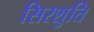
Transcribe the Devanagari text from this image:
सिरशुति